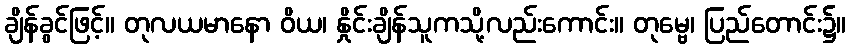
ချိန်ခွင်ဖြင့်။ တုလယမာနော ဝိယ၊ နှိုင်းချိန်သူကသို့လည်းကောင်း။ တုမ္ဗေ၊ ပြည်တောင်း၌။